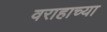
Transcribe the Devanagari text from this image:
वराहाच्या